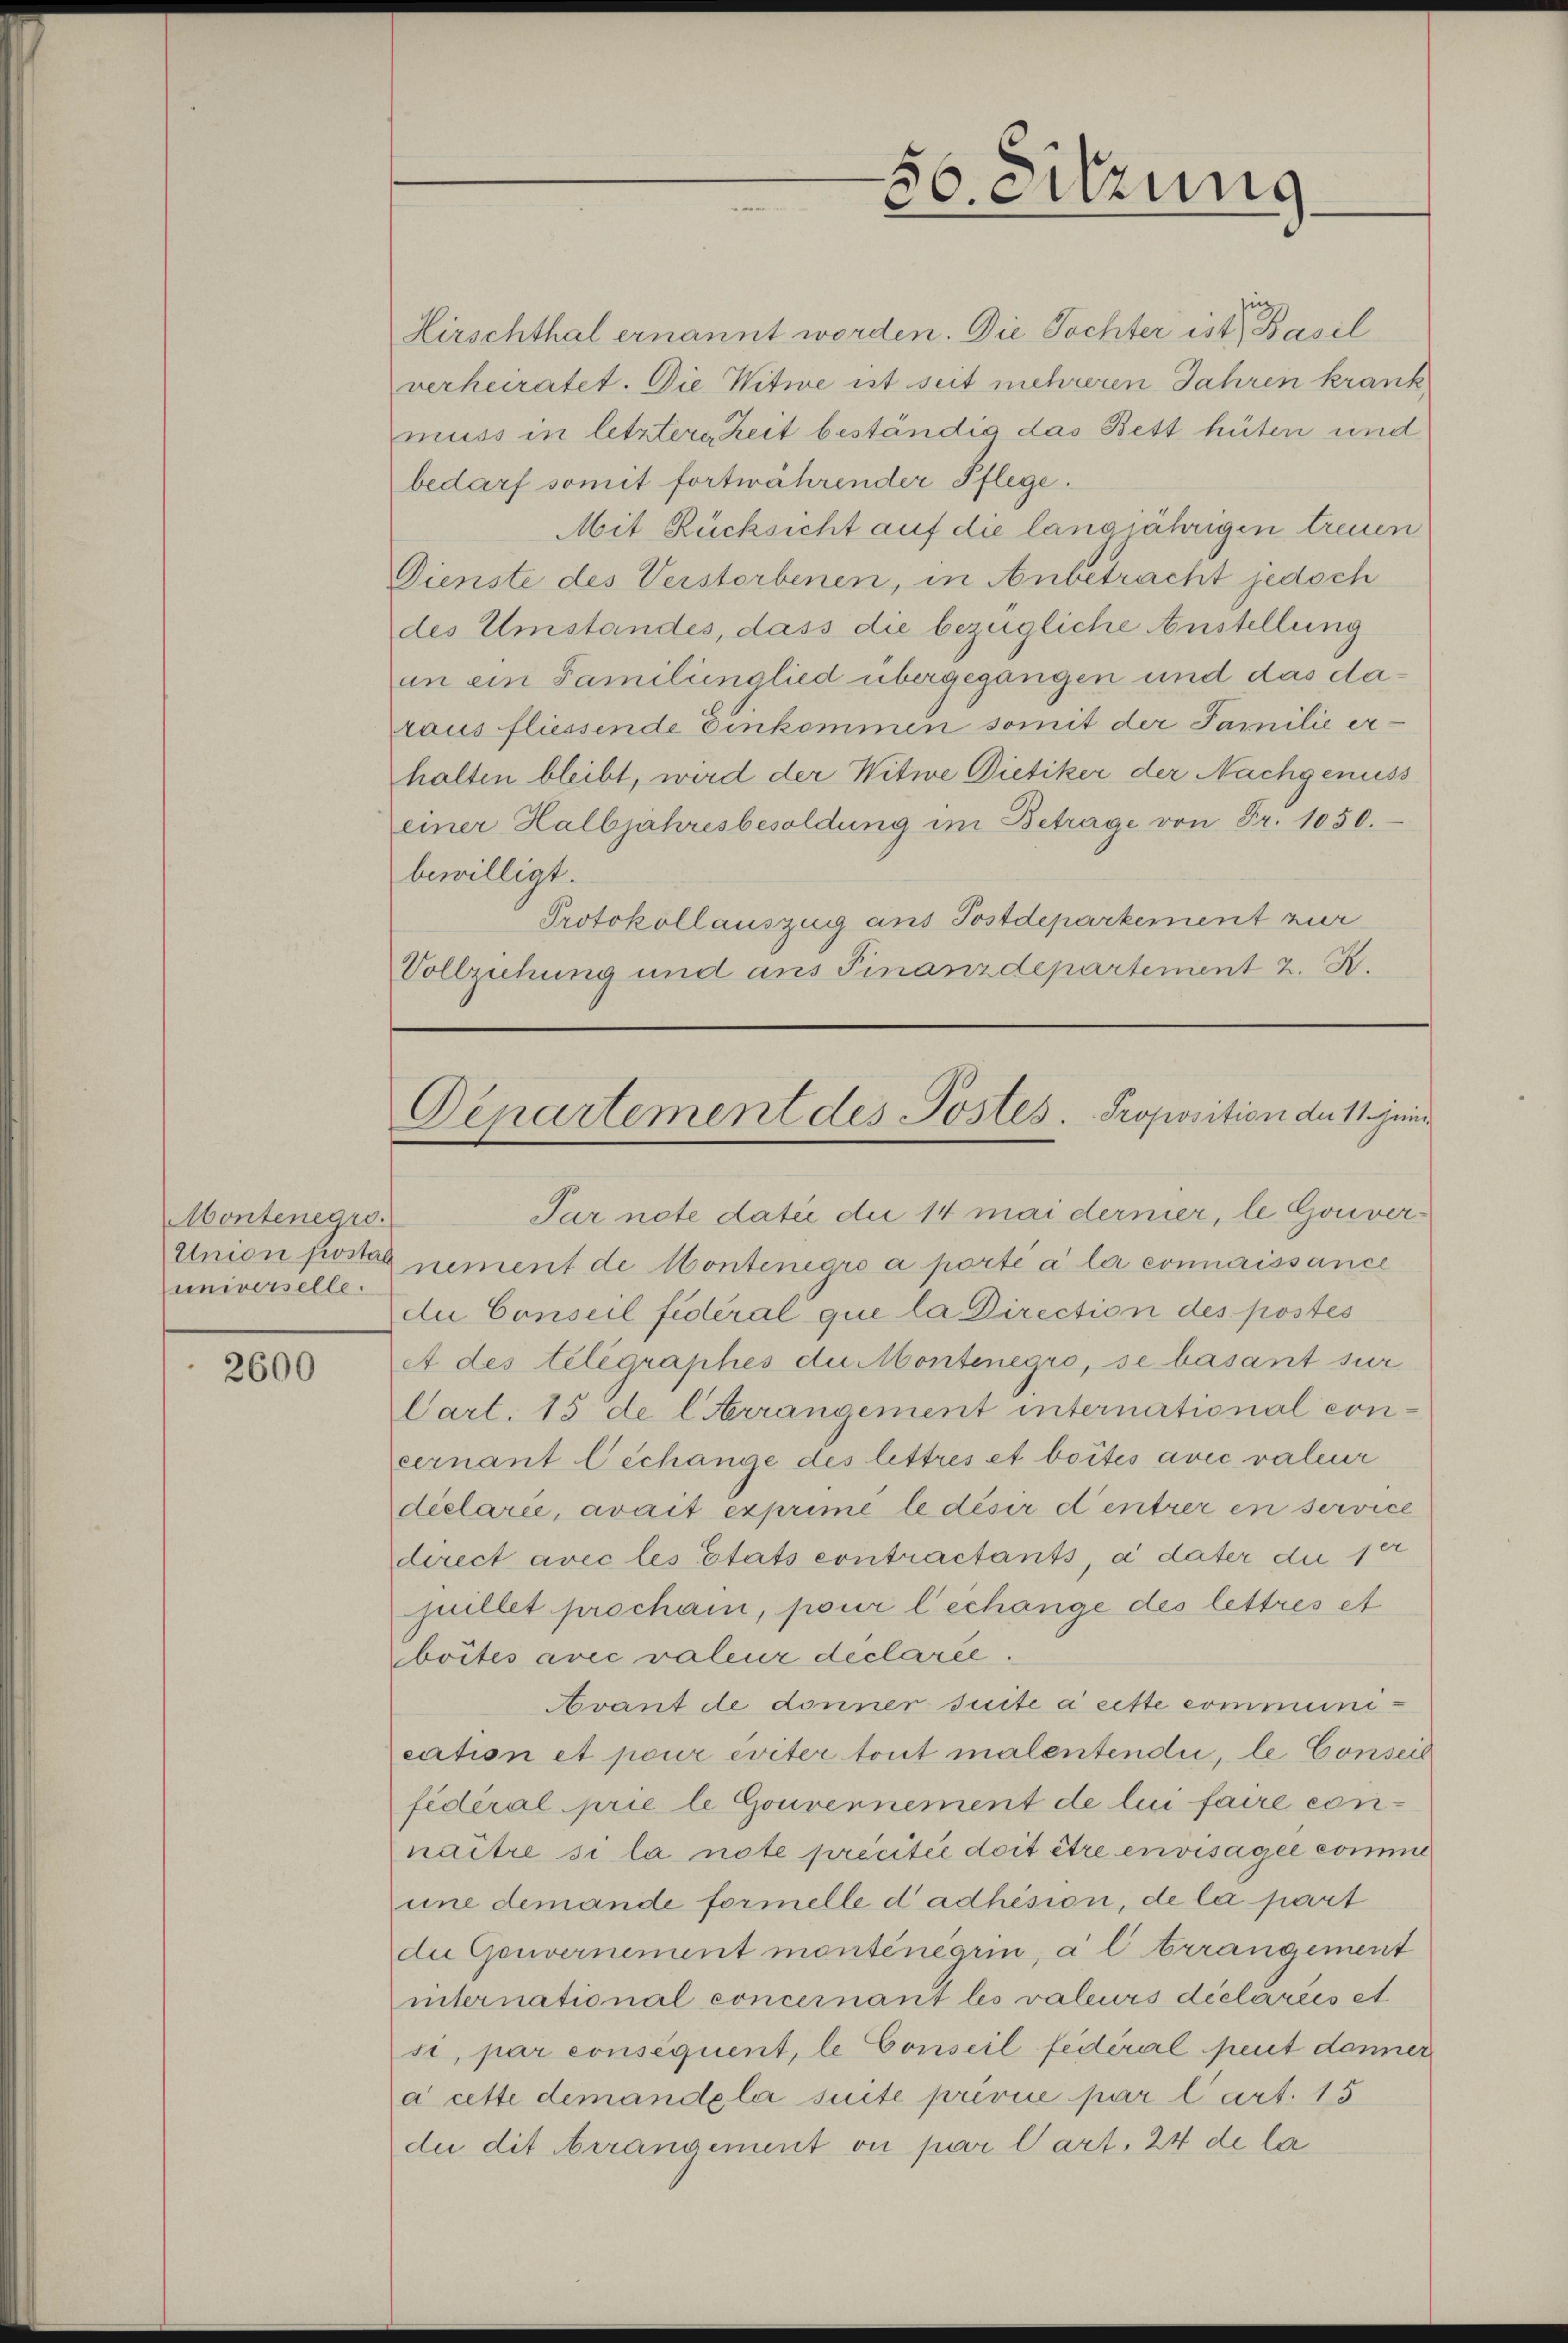
Montenegro
Union postar
universelle.

2600

Hirschthal ernannt worden. Die Tochter ist Basil
verheiratet. Die Witwe ist seit mehreren Jahren krank
muss in letztere Zeit beständig das Bett hüten und
bedarf somit fortwährender Pflege.
Mit Rücksicht auf die langjährigen treuen
Dienste des Verstorbenen, in Anbetracht jedoch
des Umstandes, dass die bezügliche Anstellung
an ein Familienglied übergegangen und das daraus fliessende einkommen somit der Familie erhalten bleibt, wird der Witwe Dietiker der Nachgenuss
einer Halbjahresbesoldung im Betrage von Fr. 1050.
bewilligt.
Protokollauszug ans Postdepartement zur
Vollziehung und ans Finanzdepartement 2. X.

Par note dati die 14 mai dernier, le Gouver¬
Znement de Contenegro a porté à la connaissance
du Conseil fédéral que la Direction des postés
A des telegraphes du Montenegro, se basant sur
Cart. 15 de l Arrangement international concernant Cechange des lettres et boités avec valeur
dielarie, avait exprime le désir dentrer in service
direct avec les Etats contractants, à dater du ser
juillet prochani, pour lechange des lettres et
boites avec valeur declarée
Avant de donner suite a eitte communication et pour eviter tout malentendii, le Conseil
fidéral prie le Gouvernement de lui faire connaître si la note precitée doit être envisagée comme
une demande formelle dadhision, de la part
die Gouvernement monténégrin, a l Arrangement
international concernant les valeurs déclarées et
si, par conséquent, le Conseil federal peut danner
à cette demandela suite privile par l’art. 15
du dit Arrangement ou par Cart. 24 de la

5
o. Sitzung

Derartement des Postes. Proposition der 1. jen